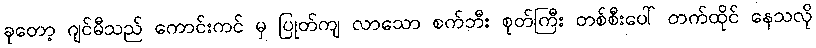
ခုတော့ ဂျင်မီသည် ကောင်းကင် မှ ပြုတ်ကျ လာသော စက်ဘီး စုတ်ကြီး တစ်စီးပေါ် တက်ထိုင် နေသလို